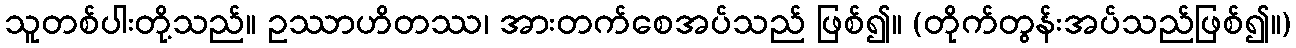
သူတစ်ပါးတို့သည်။ ဥဿာဟိတဿ၊ အားတက်စေအပ်သည် ဖြစ်၍။ (တိုက်တွန်းအပ်သည်ဖြစ်၍။)